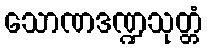
သောဏဒဏ္ဍသုတ္တံ